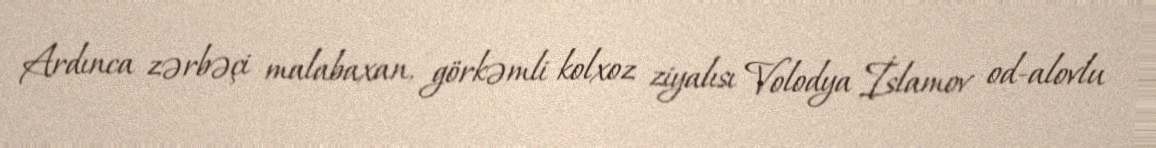
Ardınca zərbəçi malabaxan, görkəmli kolxoz ziyalısı Volodya İslamov od-alovlu